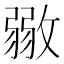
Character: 𢾼